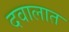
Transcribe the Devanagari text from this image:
दवालात